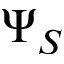
\Psi _ { S }